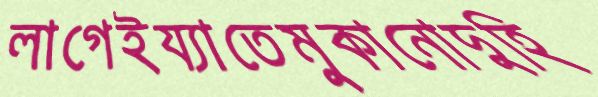
লাগেইয্যাতেমুকানোদুহি